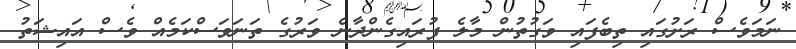
ނަމަވެސް ރަށުގައި ތިބެފައި ވަގުތުން މާލެ ފުރައިގެންދާނެ ވަރުގެ ތަނަވަސްކަމެއް ވެސް އައިޝަތު